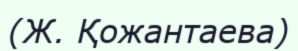
(Ж. Қожантаева)